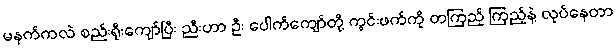
မနက်ကလဲ စည်းရိုးကျော်ပြီး ညီးဟာ ဦး ပေါက်ကျော်တို့ ကွင်းဖက်ကို တကြည့် ကြည့်နဲ့ လုပ်နေတာ